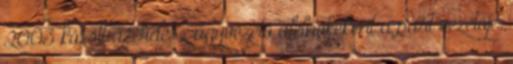
2003 között a Fidesz ügyvezető alelnökeként a párt vezetője.